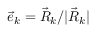
\vec { e } _ { k } = \vec { R } _ { k } / | \vec { R } _ { k } |